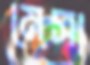
মেসা